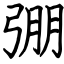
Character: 弸